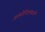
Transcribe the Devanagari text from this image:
अल्गोरिदमासाठी